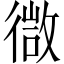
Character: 㣲